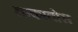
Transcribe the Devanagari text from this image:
लाकातोस